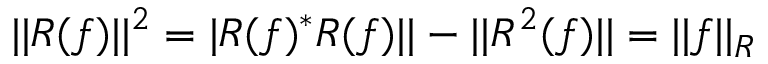
| | R ( f ) | | ^ { 2 } = | R ( f ) ^ { \ast } R ( f ) | | - | | R ^ { 2 } ( f ) | | = | | f | | _ { R }